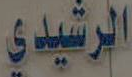
الرشيدي